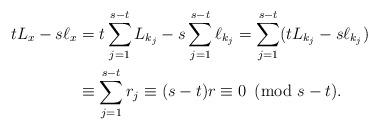
LaTeX: \begin{align*}tL_x - s \ell_x &= t \sum_{j=1}^{s-t} L_{k_j} - s \sum_{j=1}^{s-t} \ell_{k_j} = \sum_{j=1}^{s-t} (t L_{k_j} - s \ell_{k_j})\\ &\equiv \sum_{j=1}^{s-t} r_j \equiv (s-t)r \equiv 0 \! \! \! \pmod{s-t}.\end{align*}